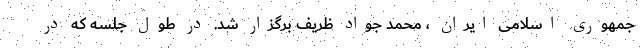
جمهوری اسلامی ایران ، محمد جواد ظریف برگزار شد. در طول جلسه که در